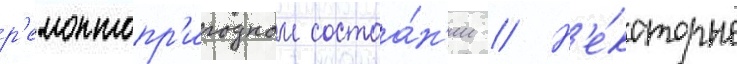
р'емонтопр'игодном состоа́н'ии // Н'е́которые